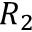
R _ { 2 }